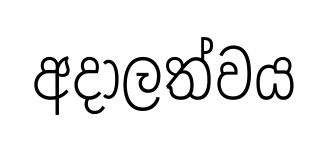
අදාලත්වය